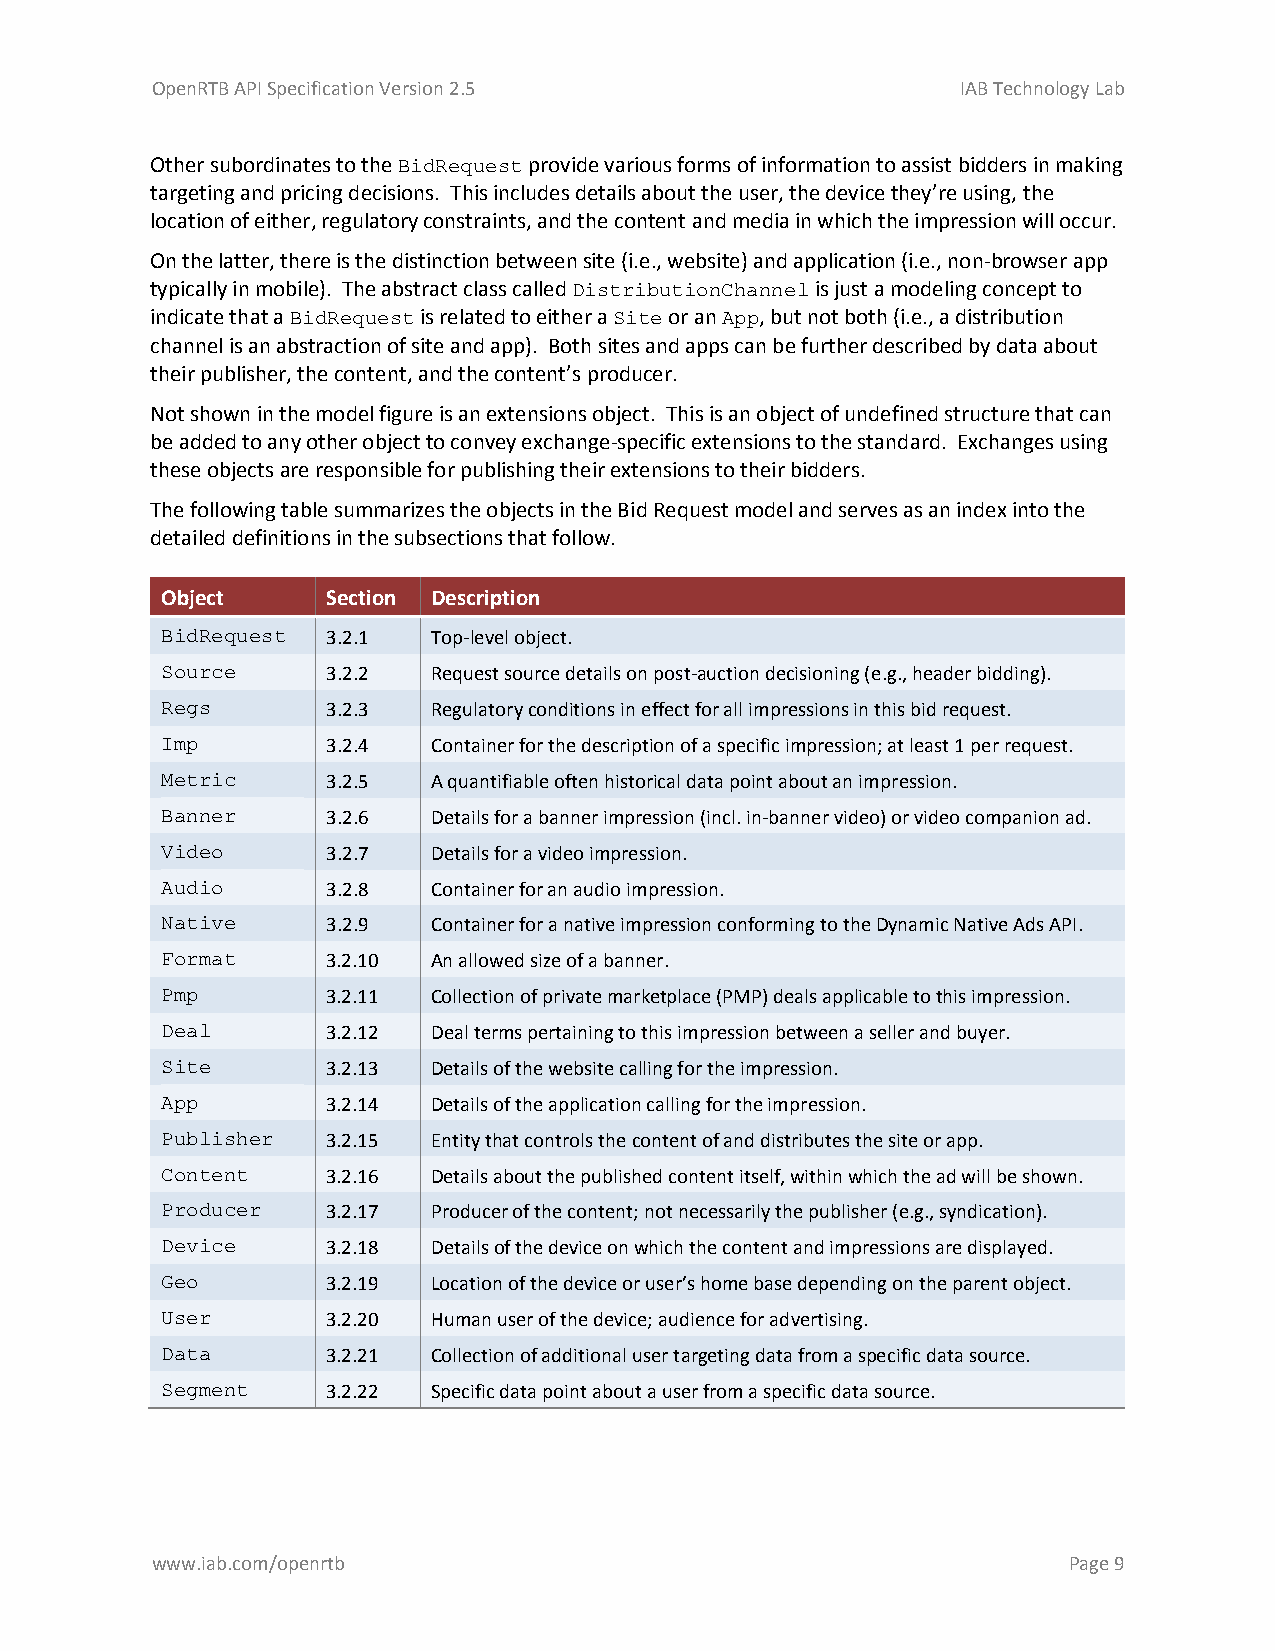
OpenRTB API Specification Version 2.5                 IAB Technology Lab
 Other subordinates to the BidRequest provide various forms of information to assist bidders in making
 targeting and pricing decisions. This includes details about the user, the device they’re using, the
 location of either, regulatory constraints, and the content and media in which the impression will occur.
 On the latter, there is the distinction between site (i.e., website) and application (i.e., non-browser app
 typically in mobile). The abstract class called DistributionChannel is just a modeling concept to
 indicate that a BidRequest is related to either a Site or an App, but not both (i.e., a distribution
 channel is an abstraction of site and app). Both sites and apps can be further described by data about
 their publisher, the content, and the content’s producer.
 Not shown in the model figure is an extensions object. This is an object of undefined structure that can
 be added to any other object to convey exchange-specific extensions to the standard. Exchanges using
 these objects are responsible for publishing their extensions to their bidders.
 The following table summarizes the objects in the Bid Request model and serves as an index into the
 detailed definitions in the subsections that follow.
 Object     Section Description
 BidRequest 3.2.1  Top-level object.
 Source     3.2.2  Request source details on post-auction decisioning (e.g., header bidding).
 Regs       3.2.3  Regulatory conditions in effect for all impressions in this bid request.
 Imp        3.2.4  Container for the description of a specific impression; at least 1 per request.
 Metric     3.2.5  A quantifiable often historical data point about an impression.
 Banner     3.2.6  Details for a banner impression (incl. in-banner video) or video companion ad.
 Video      3.2.7  Details for a video impression.
 Audio      3.2.8  Container for an audio impression.
 Native     3.2.9  Container for a native impression conforming to the Dynamic Native Ads API.
 Format     3.2.10 An allowed size of a banner.
 Pmp        3.2.11 Collection of private marketplace (PMP) deals applicable to this impression.
 Deal       3.2.12 Deal terms pertaining to this impression between a seller and buyer.
 Site       3.2.13 Details of the website calling for the impression.
 App        3.2.14 Details of the application calling for the impression.
 Publisher  3.2.15 Entity that controls the content of and distributes the site or app.
 Content    3.2.16 Details about the published content itself, within which the ad will be shown.
 Producer   3.2.17 Producer of the content; not necessarily the publisher (e.g., syndication).
 Device     3.2.18 Details of the device on which the content and impressions are displayed.
 Geo        3.2.19 Location of the device or user’s home base depending on the parent object.
 User       3.2.20 Human user of the device; audience for advertising.
 Data       3.2.21 Collection of additional user targeting data from a specific data source.
 Segment    3.2.22 Specific data point about a user from a specific data source.
 www.iab.com/openrtb                                          Page 9